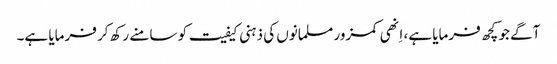
آگے جو کچھ فرمایا ہے، اِنھی کمزور مسلمانوں کی ذہنی کیفیت کو سامنے رکھ کر فرمایا ہے۔